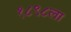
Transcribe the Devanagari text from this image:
१८९८ला